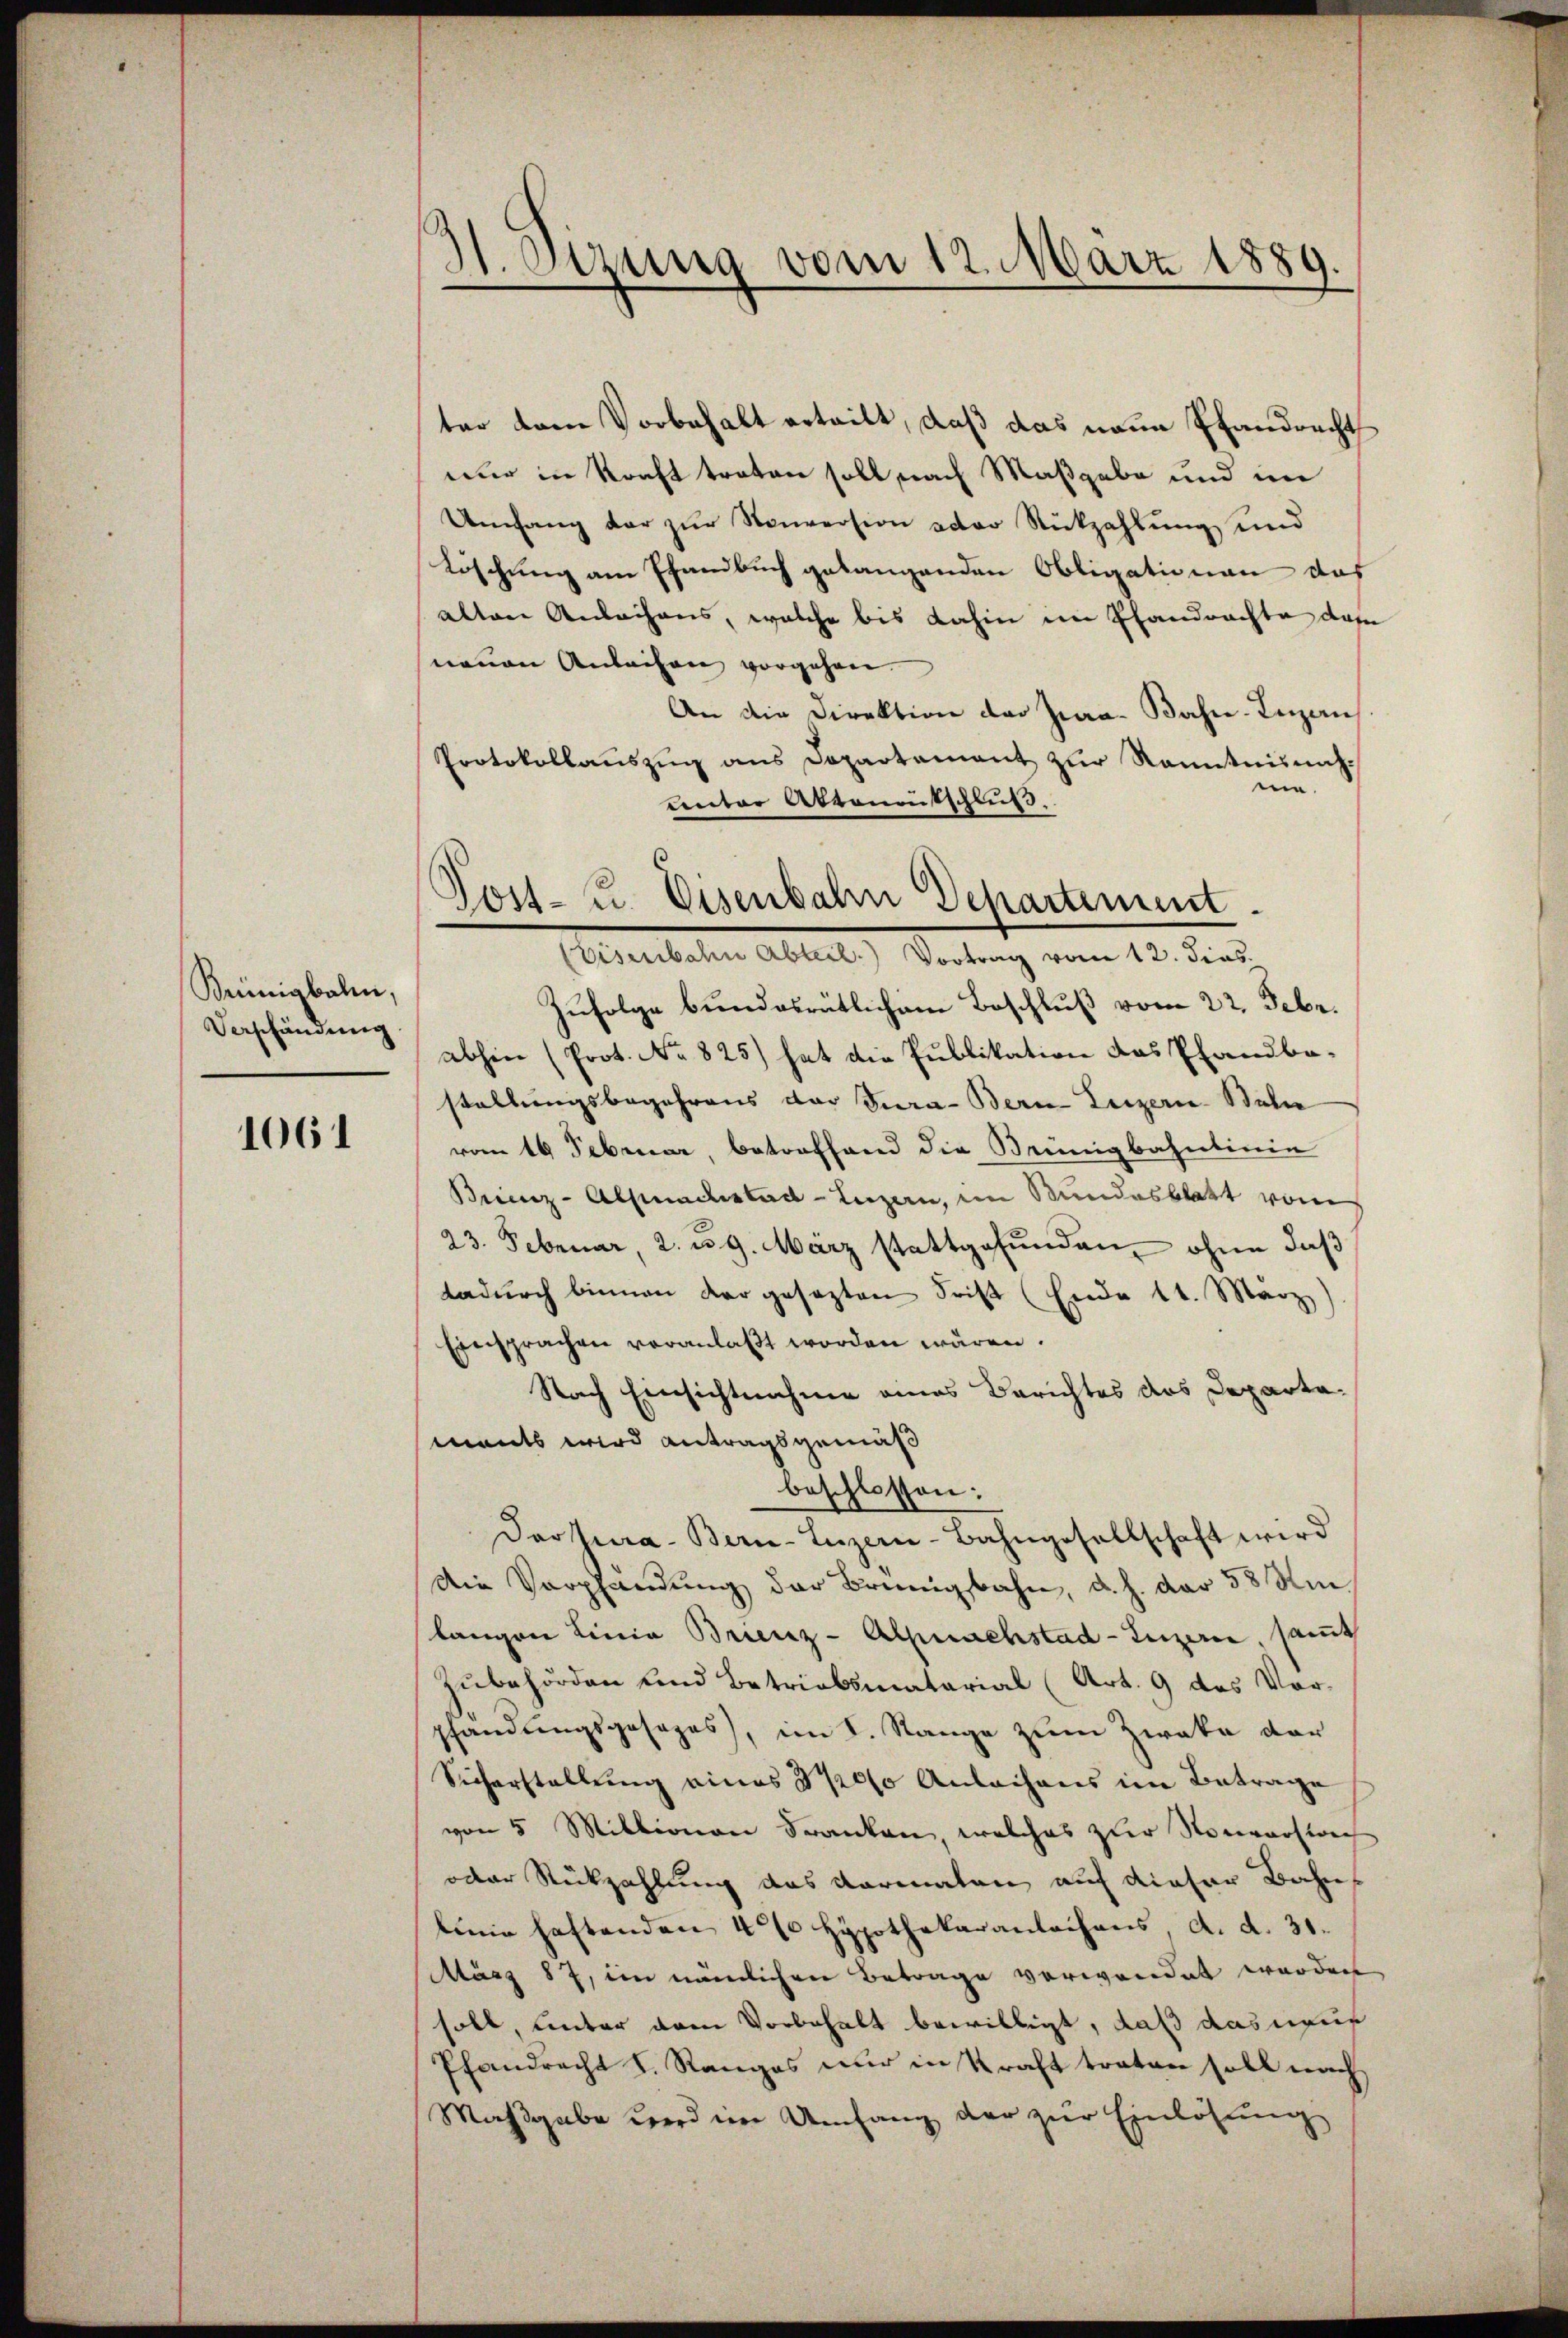
Keünigbalen,
Verschändung

1061

H. Sitzung vom 12. März 1889
.

Post- u. Eisenbahn Departement.
(Eisenbahn Abteil. Vortrag vom 12. dies

ter dem Vorbehalt erteilt, daß das neue Pfandrecht
nur in Kraft traten soll nach Maßgabe und im
Umfang der zŭr Nonversion oder Rückzahlung und
Löschung am Pfandbuch gelangenden Obligationen das
alten Anlachens, welche bis dahin im Pfandrachte das
neuen Anleihen vorgehen.
An die Direktion der Jura-Bahn-Luzern
Protokollaŭszŭg ans Departement zŭr Kenntnisnahme.
unter Akronentschluß.
Zufolge bundesrätlichem Beschluß vom 22. Febr.
abhin (Prot. No 825) hat die Publikation das Pfandbe-
stellungsbegehrens der Tura-Bern Luzern Bahn
vom 16. Februar, betreffend die Brünigbahnlinie
Breenz-Alpnadistad Luzern, im Bundesblatt vom
23. Februar, 2. u. 9. März stattgefunden, ohne daß
dadurch binnen dargesezten Frist (Ende 14. März
Einsprachen veranlaßt worden wären.
Nach Einsichtnahme eines Berichtes das Departaments wird antragsgemäß
beschlossen:
Darpura- Bern-Luzern-Bahngesellschaft wird
Die Verpfändung der Brünigbahn, d. h. dar 58 Umlangen Linie Brienz-Alpnachstad-Luzern, samt
Zubehörden und Betriobsmatarial (Art. 9 des Vorpfandungsgesages, im I. Range zum Zwaka der
Sicherstellung eines 300 Anlachens im Betrage
von 5 Millionen Franken, welches zur Nouvarsion
oder Rückzahlung das Vormalen auf dieser Bahn
linie haftenden 40% Hypothekarantechens, d. d. 31.
März 87, im nämlichen Betrage verwendet worden
soll, unter dem Vorbehalt bewilligt, daß das neue
Pfandrecht I. Ranges nur in Kraft traten soll nach
Maßgabe wird im Umfang der zur Einlösung